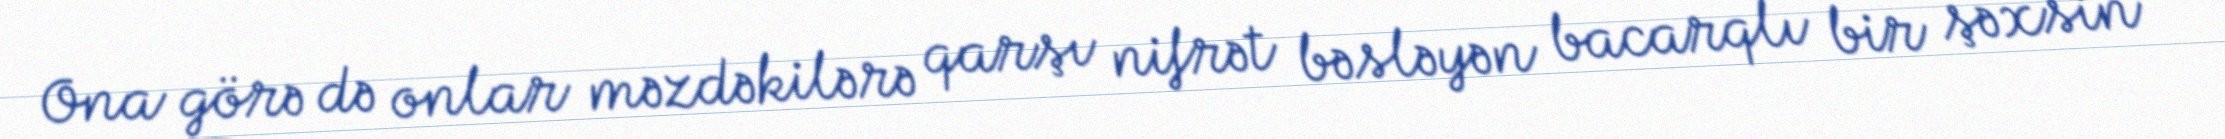
Ona görə də onlar məzdəkilərə qarşı nifrət bəsləyən bacarqlı bir şəxsin